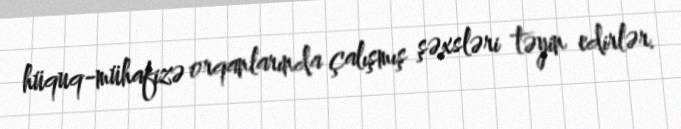
hüquq-mühafizə orqanlarında çalışmış şəxsləri təyin edirlər.